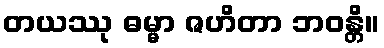
တယဿု ဓမ္မာ ဇဟိတာ ဘဝန္တိ။